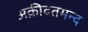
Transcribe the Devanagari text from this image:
अक़ीदतमन्द